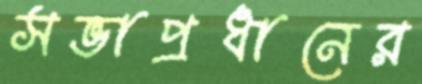
সভাপ্রধানের